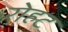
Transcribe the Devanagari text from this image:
रोहट